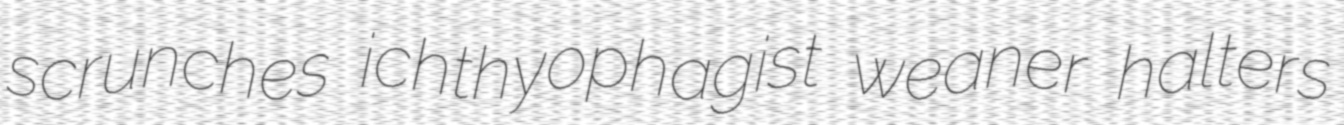
scrunches ichthyophagist weaner halters